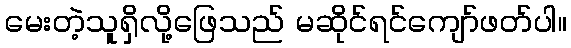
မေးတဲ့သူရှိလို့ဖြေသည် မဆိုင်ရင်ကျော်ဖတ်ပါ။